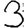
Digit: 3